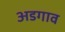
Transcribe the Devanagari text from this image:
अडगाव